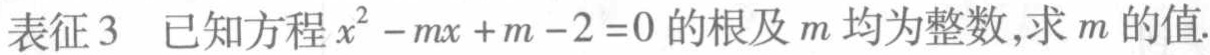
表征3 已知方程$x^{2}-mx + m - 2 = 0$的根及$m$均为整数,求$m$的值.